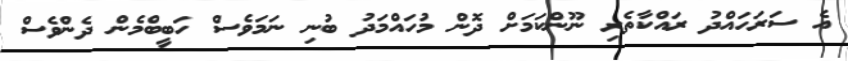
އެ ސަރަހައްދު ރައްކާތެރި ނޫންކަމަށް ދޮން މުހައްމަދު ބުނި ނަމަވެސް ހަބީބްމެން ދެންވެސް